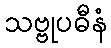
သဗ္ဗုပဓီနံ